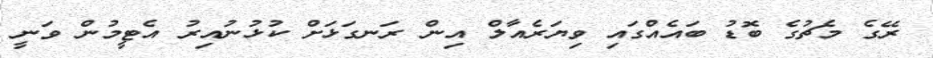
ރޭގެ މެޗުގެ ބޮޑު ބައެއްގައި ވިޔަރެއާލް އިން ރަނގަޅަށް ކުޅުނުއިރު އެޓީމުން ވަނީ